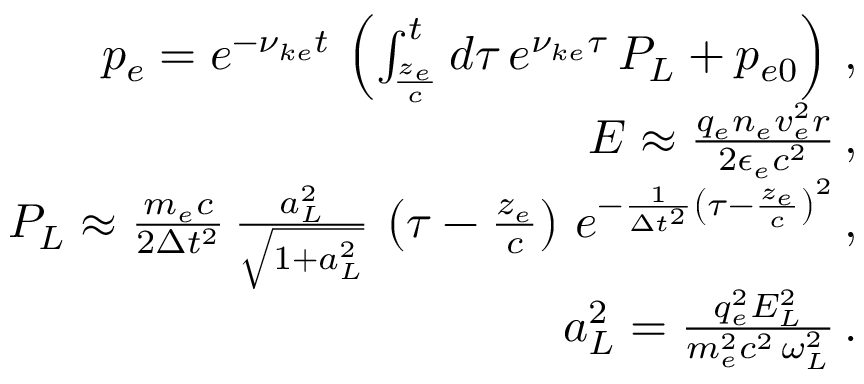
\begin{array} { r l r } & { } & { p _ { e } = e ^ { - \nu _ { k e } t } \, \left( \int _ { \frac { z _ { e } } { c } } ^ { t } d \tau \, e ^ { \nu _ { k e } \tau } \, P _ { L } + p _ { e 0 } \right) \, , } \\ & { } & { E \approx \frac { q _ { e } n _ { e } v _ { e } ^ { 2 } r } { 2 \epsilon _ { e } c ^ { 2 } } \, , } \\ & { } & { P _ { L } \approx \frac { m _ { e } c } { 2 \Delta t ^ { 2 } } \, \frac { a _ { L } ^ { 2 } } { \sqrt { 1 + a _ { L } ^ { 2 } } } \, \left( \tau - \frac { z _ { e } } { c } \right) \, e ^ { - \frac { 1 } { \Delta t ^ { 2 } } \left( \tau - \frac { z _ { e } } { c } \right) ^ { 2 } } \, , } \\ & { } & { a _ { L } ^ { 2 } = \frac { q _ { e } ^ { 2 } E _ { L } ^ { 2 } } { m _ { e } ^ { 2 } c ^ { 2 } \, \omega _ { L } ^ { 2 } } \, . } \end{array}